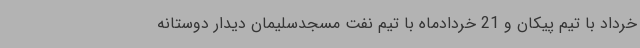
خرداد با تیم پیکان و 21 خردادماه با تیم نفت مسجدسلیمان دیدار دوستانه